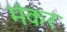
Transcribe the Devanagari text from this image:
मंकर